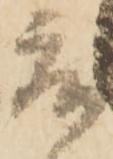
度